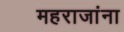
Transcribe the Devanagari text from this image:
महराजांना